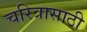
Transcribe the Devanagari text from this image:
चरित्रासाठी